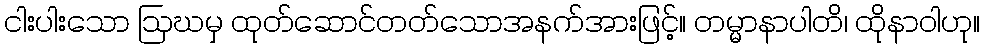
ငါးပါးသော ဩဃမှ ထုတ်ဆောင်တတ်သောအနက်အားဖြင့်။ တမ္မာနာပါတိ၊ ထိုနာဝါဟု။